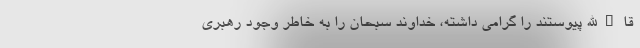
قاءالله پیوستند را گرامی داشته، خداوند سبحان را به خاطر وجود رهبری